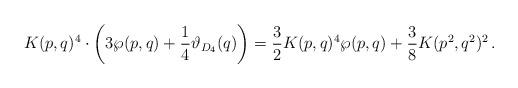
LaTeX: \begin{align*}K(p,q)^4 \cdot \bigg( 3 \wp(p,q) + \frac{1}{4} \vartheta_{D_4}(q) \bigg)=\frac{3}{2}K (p,q)^{4}\wp(p,q)+\frac{3}{8}K (p^{2},q^{2})^{2} \,.\end{align*}